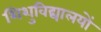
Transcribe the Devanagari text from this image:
शिशुविद्यालयों